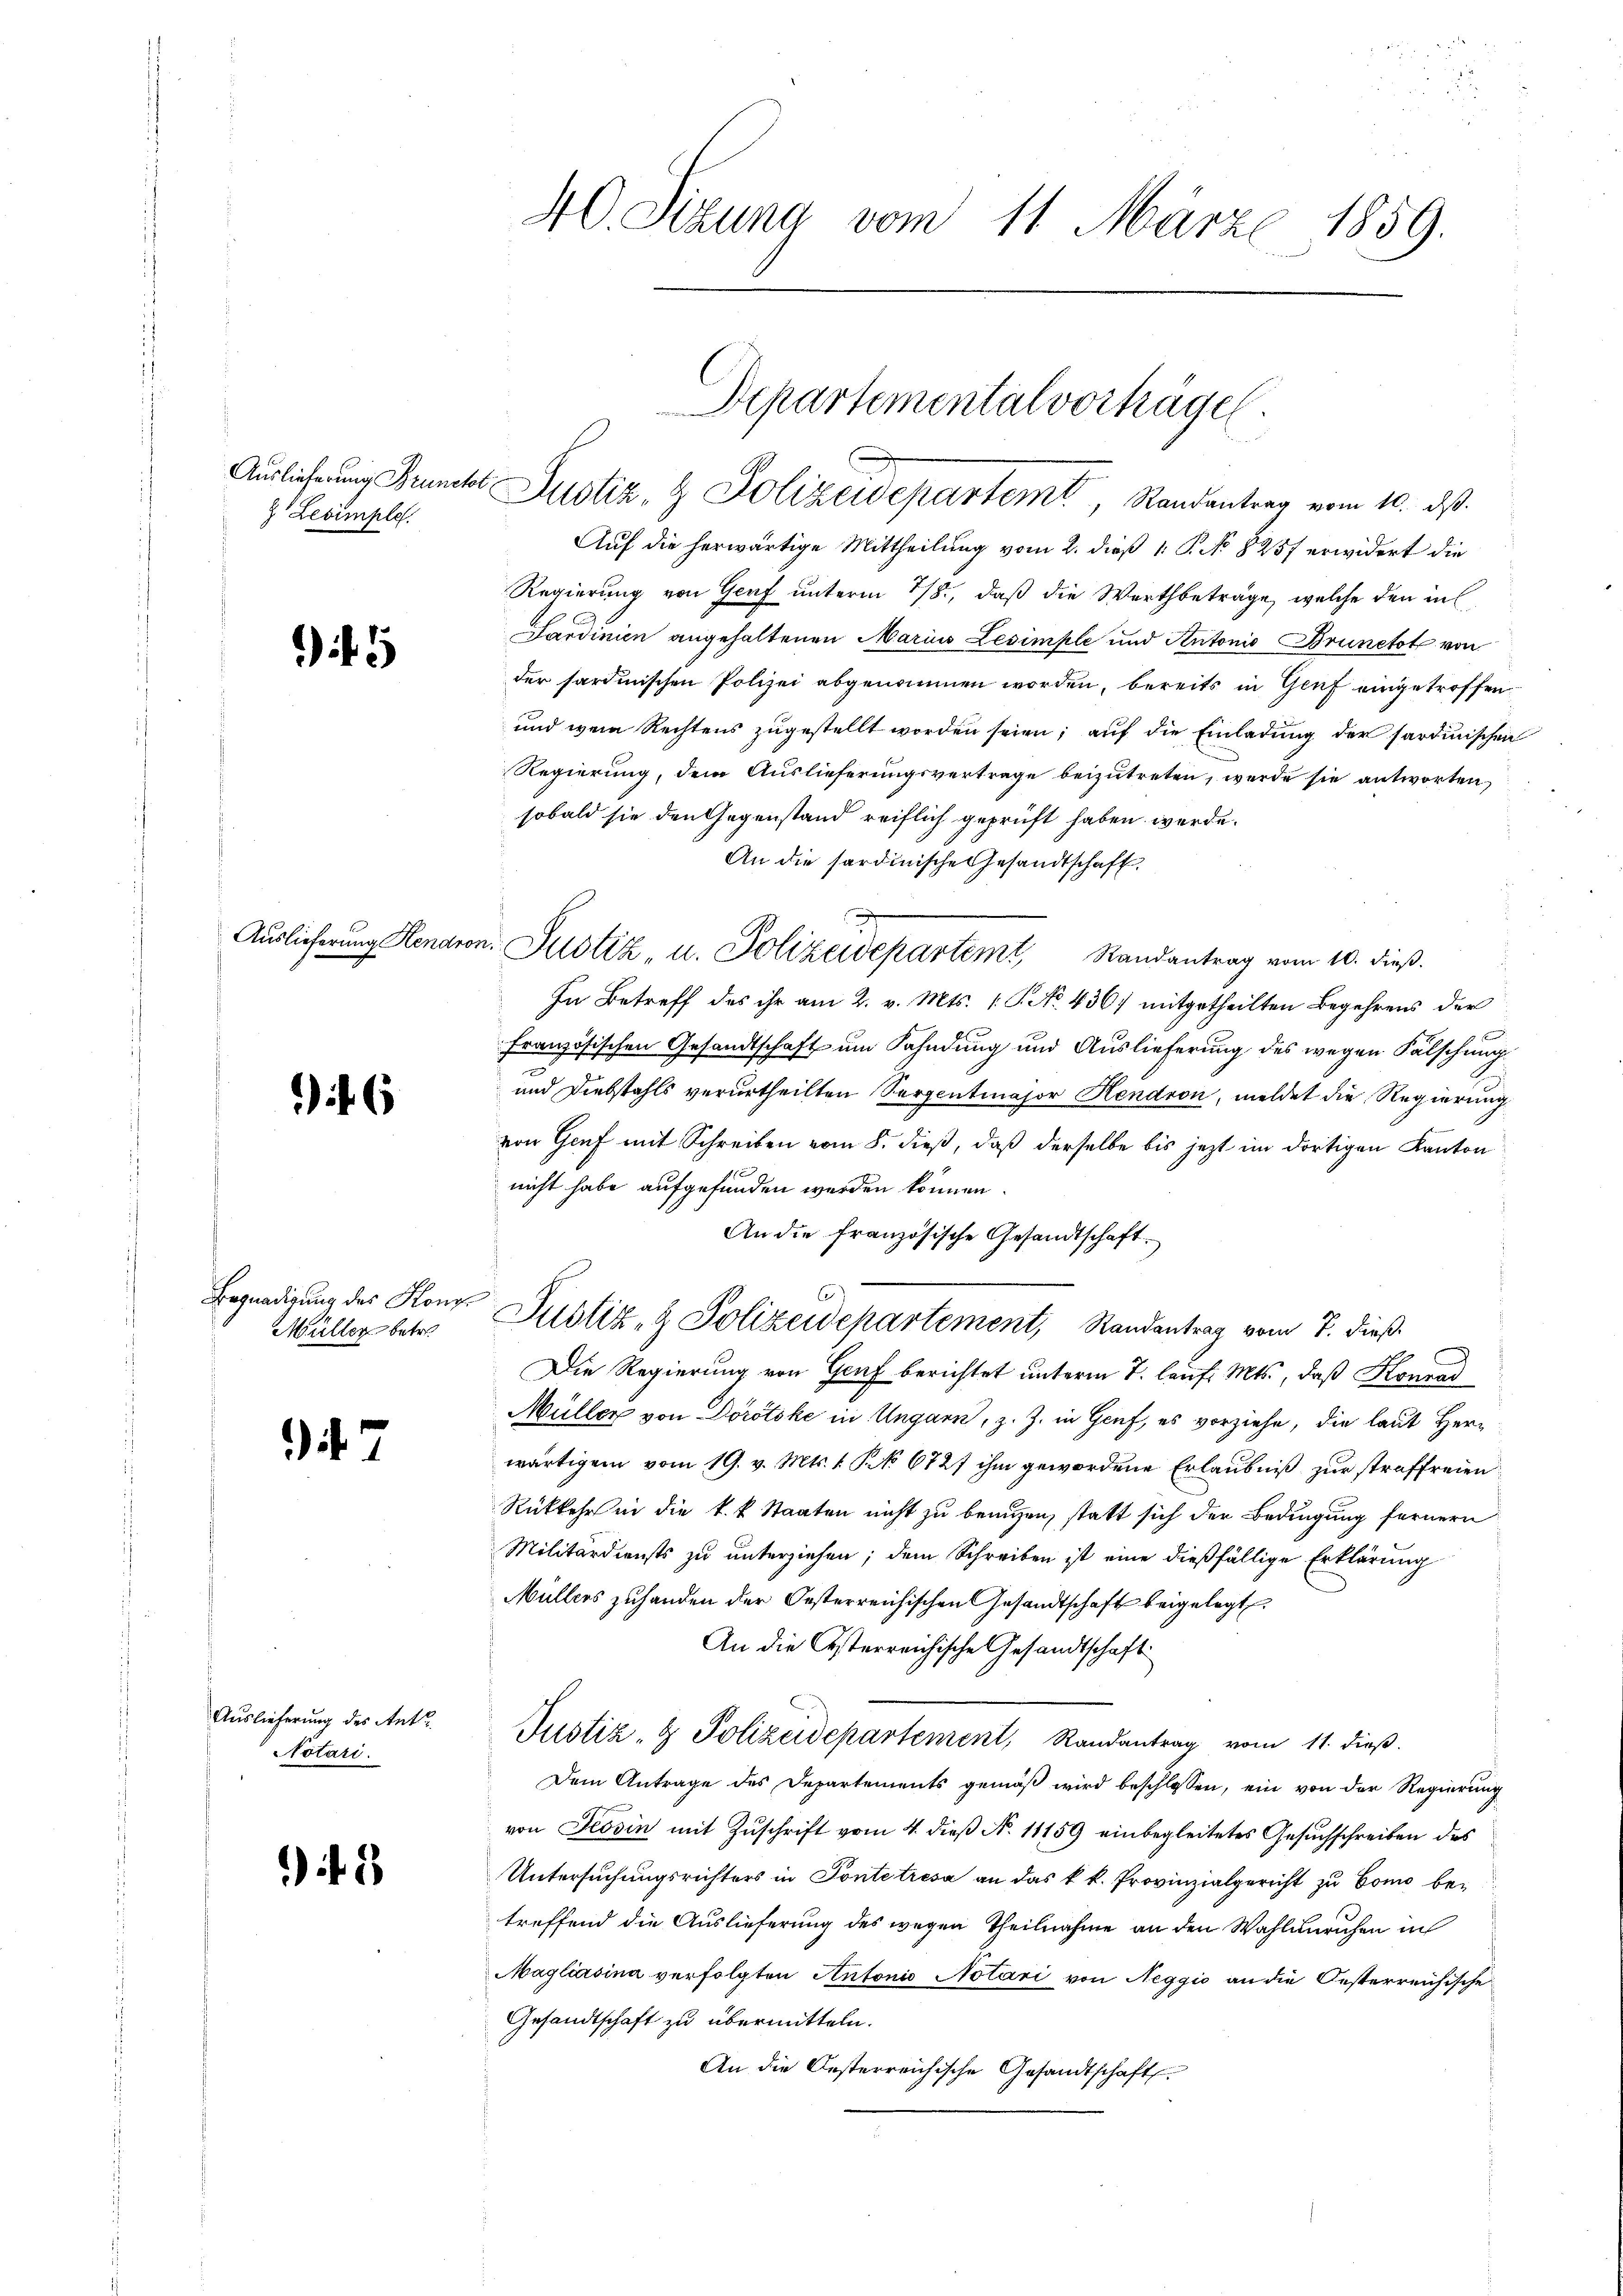
z Levimple.

Auslieferung Hendros

f 6

Begnadigung des Kong
Müller betr.

7

Auslieferung des Antr
Notari.

). 2

40. Sizung vom 11. März 1859.

Departemental vorträgel

Auslicherung Brunckt Zustiz- & Polizeidepartemt, Standentrag vom 10. ds.
Auf die herwärtige Mittheilung vom 2. dieß 1. P. No 8257 erwidert die
Regierung von Genf unterm 7/8., daß die Werth beträge, welche den in
Sardinien angehaltenen Marius Lesimple und Antonio Brunetote von
der sardinischen Polizei abgenommen worden, bereits in Genf eingetroffen
und wenn Rechtens zugestellt worden seien; auf die Einladung der sardinischen
Regierung, dem Auslieferungsvertrage beizutreten, werde sie antworten
sobald sie den Gegenstand reiflich geprüft haben werde.
An die sardinische Gesandtschaft
u. Justiz, u. Polizeidepartemt, Randantrag vom 10. dieß.
In Betreff des ihr am 2. v. Mts. 1. No. 436. mitgetheilten Begehrens der
E
Französischen Gesandtschaft um Fahndung und Auslieferung des wegen Fälschung
und Diebstahls verurtheilten Serpentinajor Hendron, meldet die Regierung
von Genf mit Schreiben vom 8. dieß, daß derselbe bis jezt im dortigen Kanton
nicht habe aufgefunden werden können.
An die französische Gesandtschaft.
C
4
Justiz- & Polizeidepartement, Randantrag vom 7. dieß
Die Regierung von Genf berichtet unterm 7. lauf. Mts., daß Konrad
Müller von Dorotoke in Ungarn, z. Z. in Genf, es vorziehe, die laut Herwärtigem vom 19. v. Mts. 1 S. 6727 ihm gewordene Erlaubniß zur straffreien
Rükkehr in die k.k. Staaten nicht zu bringen, statt sich der Bedingung fernern
Militärdiensts zu unterziehen; dem Schreiben ist eine dießfällige Erklärung
Müllers zuhanden der Oesterreichischen Gesandtschaft beigelegt.
An die Osterreichische Gesandtschaft
Justiz- & Polizeidepartement, Randantrag vom 11. dieß.
Dem Antrage des Departements gemäß wird beschlossen, ein von der Regierung
von Tessin mit Zuschrift vom 4. dieß N. 11159 einbegleitetes Gesuchschreiben des
Untersuchungsrichters in Pontetresa an das k. k. Provinzialgericht zu Como betreffend die Auslieferung des wegen Theilnahme an den Wahlunruhen in
Magliasina verfolgten Antonio Notari von Neggio an die Oesterreichische
Gesandtschaft zu übermitteln.
An die Oesterreichische Gesandtschaft